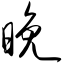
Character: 晚